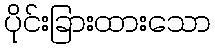
ပိုင်းခြားထားသော